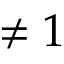
\neq 1